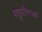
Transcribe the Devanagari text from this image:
पशुपतिनाथमें